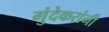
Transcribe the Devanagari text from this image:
गुंदेकरांनी